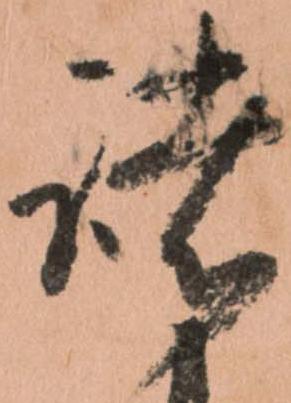
諸